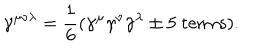
\gamma ^ { \mu \nu \lambda } = { \frac { 1 } { 6 } } ( \gamma ^ { \mu } \gamma ^ { \nu } \gamma ^ { \lambda } \pm \mathrm { 5 ~ t e r m s } ) .